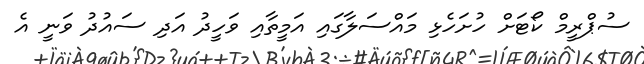
ސުޕްރީމް ކޯޓަށް ހުށަހެޅި މައްސަލާގައި އަމީތާއި ވަހީދު އަދި ސައުދު ވަނީ އެ